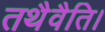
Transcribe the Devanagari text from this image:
तथैवैति।